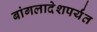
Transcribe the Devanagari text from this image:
बांगलादेशपर्यंत